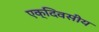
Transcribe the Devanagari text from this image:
एक्दिवसीय